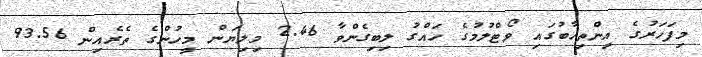
މިފަހަރުގެ އިންތިހާބުގައި ވޯޓްލުމުގެ ހައްގު ލިބިގެންވާ 2.46 މިލިޔަން މީހުންގެ ތެރެއިން 93.56